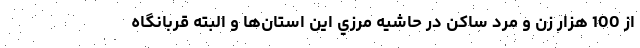
از 100 هزار زن و مرد ساكن در حاشيه مرزي اين استان‌ها و البته قربانگاه